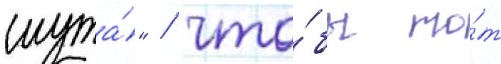
шута́" / что́бы то́т